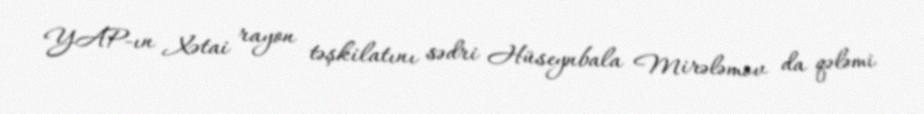
YAP-ın Xətai rayon təşkilatını sədri Hüseynbala Mirələmov da qələmi